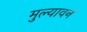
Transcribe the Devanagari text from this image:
मुल्यावन